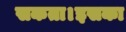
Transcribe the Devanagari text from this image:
सकता।इसका